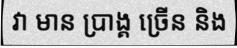
វា មាន ប្រាង្គ ច្រើន និង